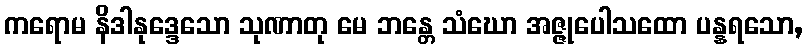
ကရောမ နိဒါနုဒ္ဒေသော သုဏာတု မေ ဘန္တေ သံဃော အဇ္ဇုပေါသထော ပန္နရသော,